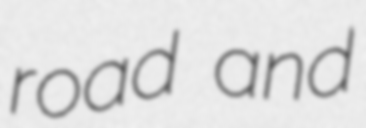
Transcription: road and